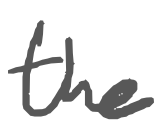
Text: the
Cross-out: clean
Writing tool: digital_gray